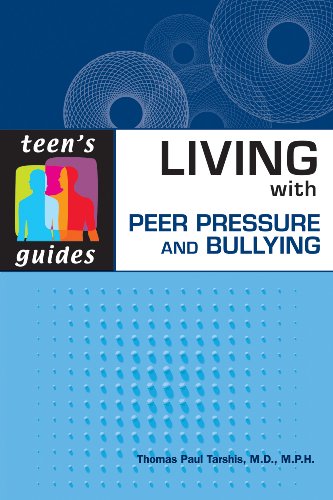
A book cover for Living With Peer Pressure and Bullying (Teen's Guides); Thomas Paul Tarshis; Teen & Young Adult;